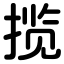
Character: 揽